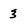
Character: 3